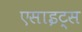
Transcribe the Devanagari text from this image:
एसाइट्स